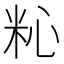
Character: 𥹀